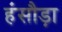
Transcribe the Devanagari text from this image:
हंसौड़ा